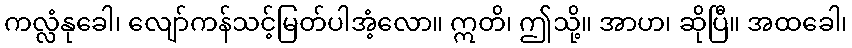
ကလ္လံနုခေါ၊ လျော်ကန်သင့်မြတ်ပါအံ့လော။ ဣတိ၊ ဤသို့။ အာဟ၊ ဆိုပြီ။ အထခေါ၊